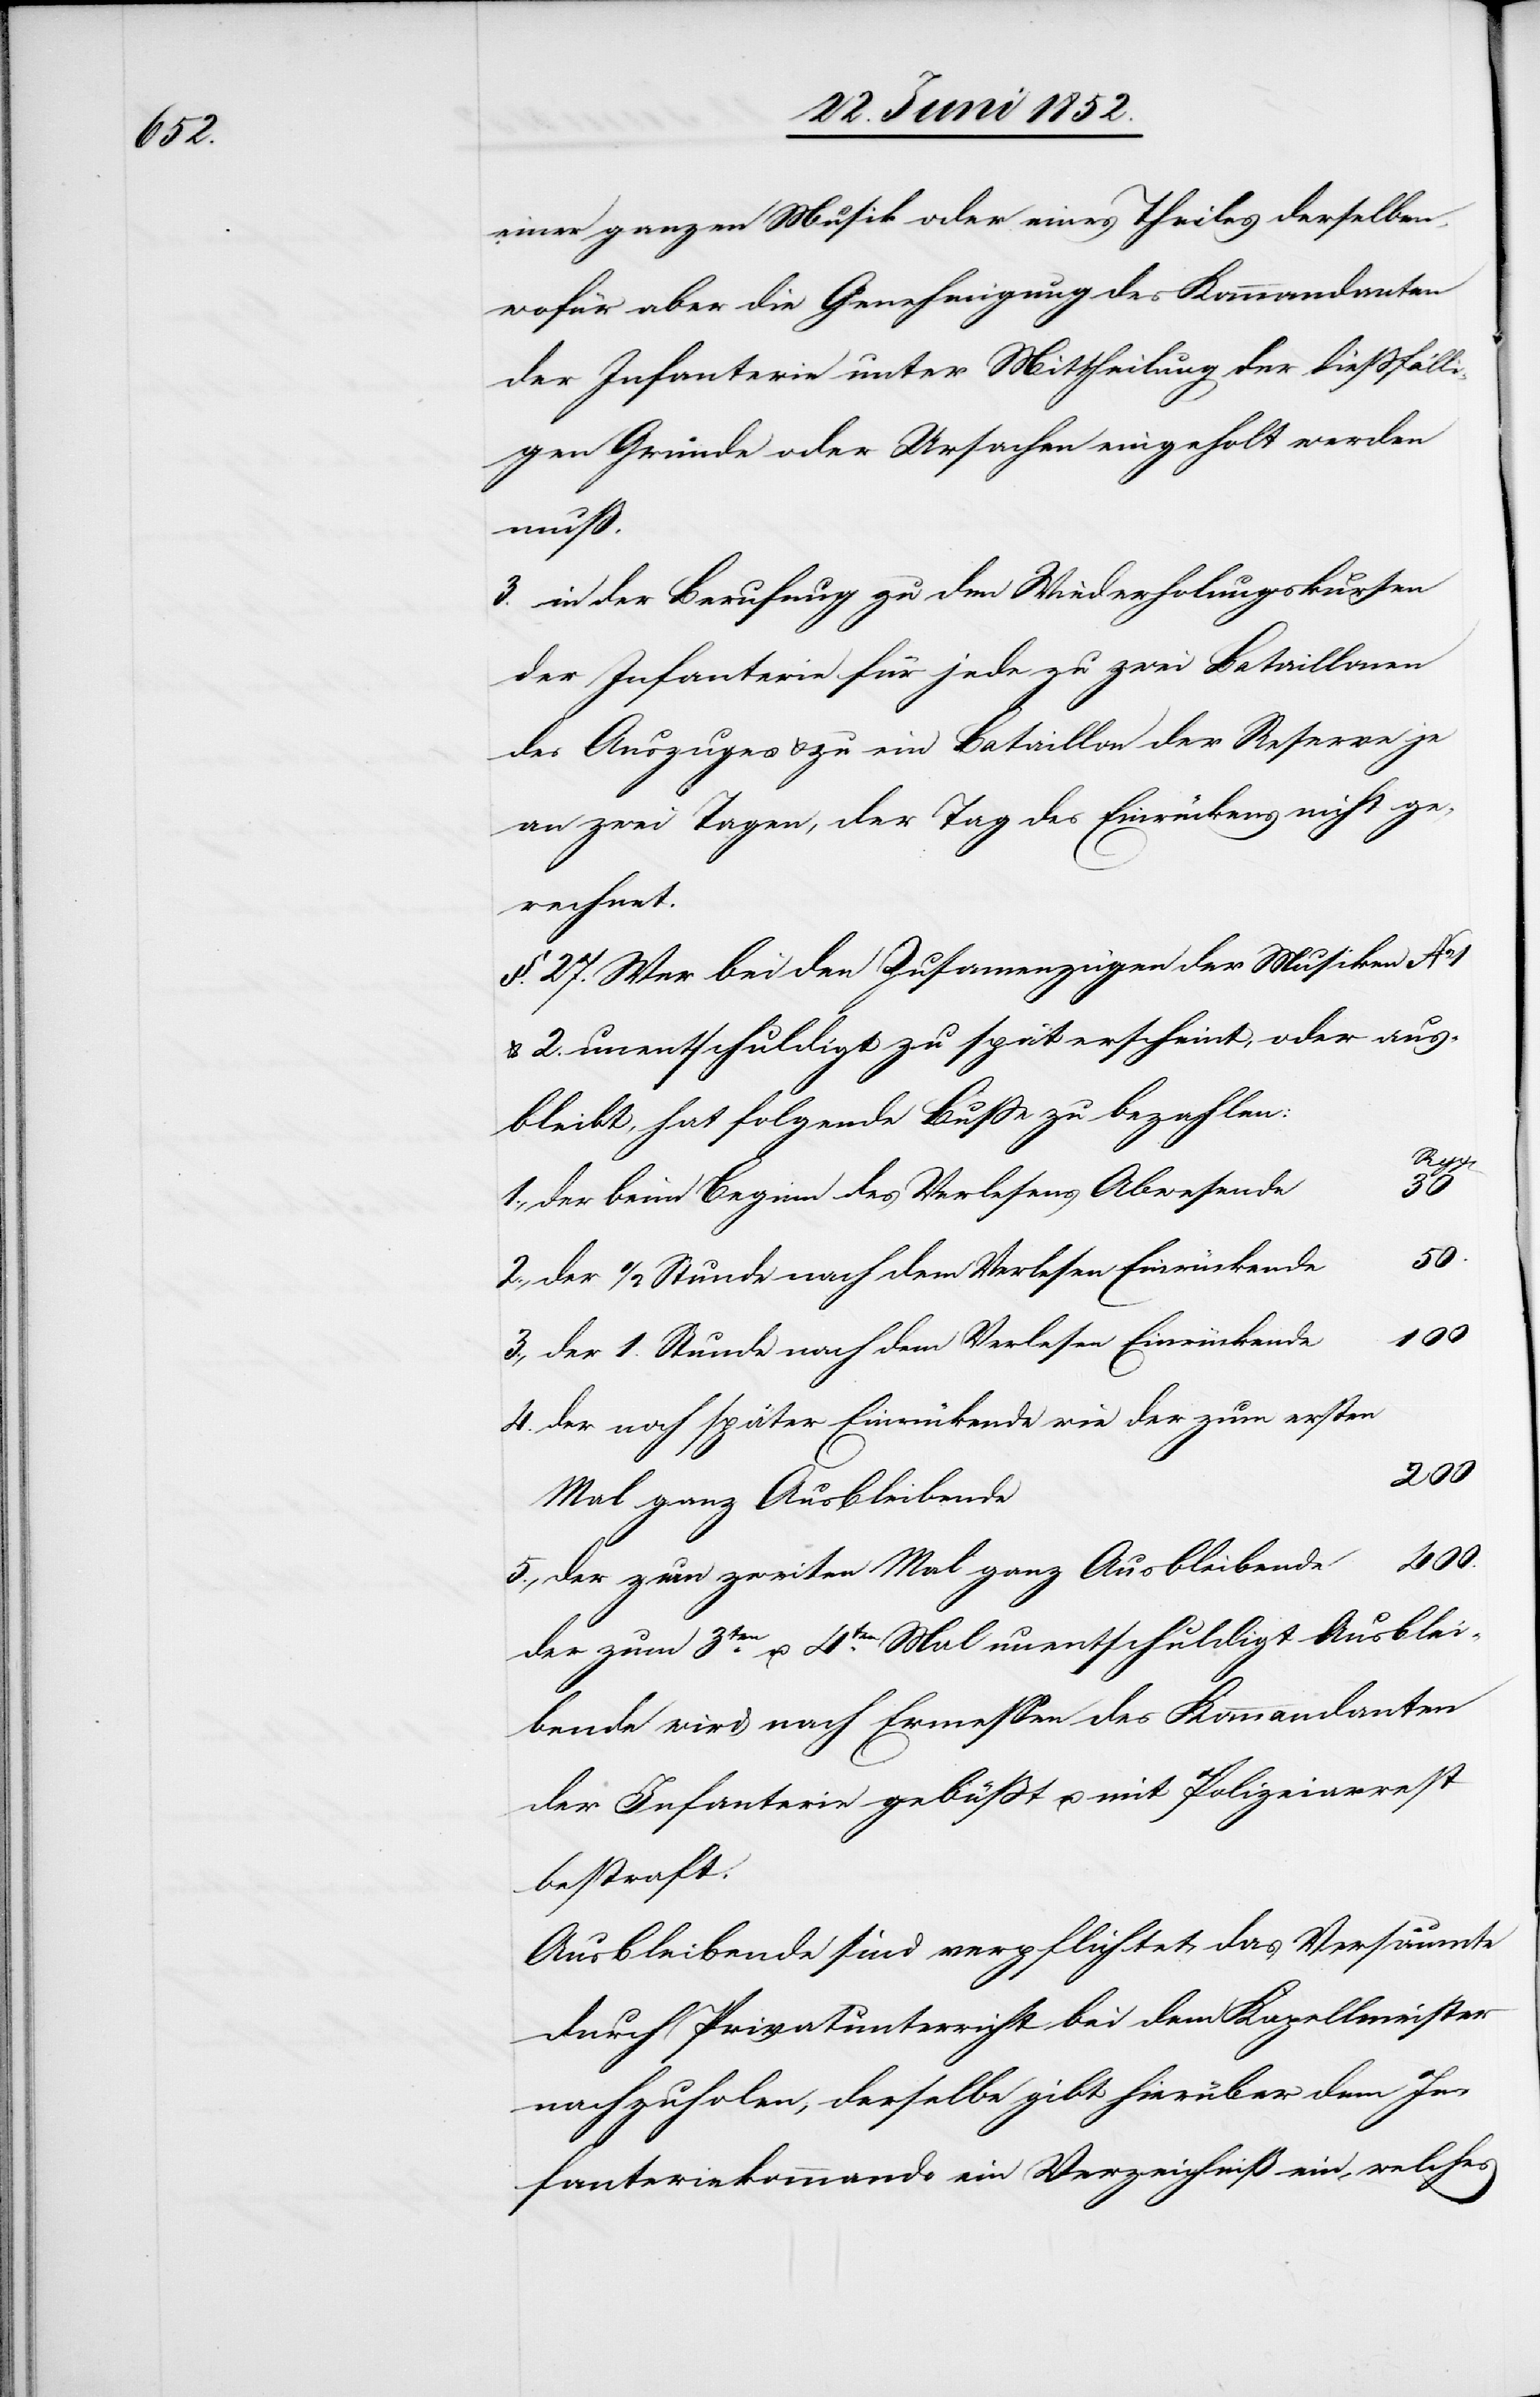
einer ganzen Musik oder eines Theiles derselben,
wofür aber die Genehmigung des Kommandanten
der Infanterie unter Mittheilung der diessfälli¬
gen Gründe oder Ursachen eingeholt werden
aus¬
in der Berufung zu den Wiederholungskursen
der Infanterie für jede zu zwei Bataillonen
des Auszuges & zu ein Bataillon der Reserve je
an zwei Tagen, der Tag des Einrückens nicht ge¬
erscheint,
§. 27. Wer bei den Zusamenzügen der Musiken No 1
bleibt, hat folgende Busse zu bezahlen:
5.,
der beim Beginn des Verlesens Abwesende
3.,
der 1. Stunde nach dem Verlesen Einrückende
100
der noch später Einrückende wie der zum ersten
200
Mal ganz Ausbleibende
400.
der zum zweiten Mal ganz Ausbleibende
der zum 3ten. u. 4ten. Mal unentschuldigt Ausblei¬
bende wird nach Ermessen des Kommandanten
der Infanterie gebüsst u. mit Polizeiarrest
bestraft.
Ausbleibende sind verpflichtet, das Versäumte
durch Privatunterricht bei dem Kapellmeister
nachzuholen, derselbe gibt hierüber dem In¬
fanteriekommando ein Verzeichniß ein, welches